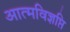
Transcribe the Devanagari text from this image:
आत्मविज्ञप्ति